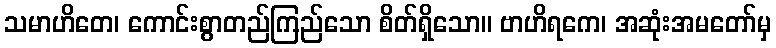
သမာဟိတေ၊ ကောင်းစွာတည်ကြည်သော စိတ်ရှိသော။ ဗာဟိရကေ၊ အဆုံးအမတော်မှ